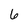
Character: 6